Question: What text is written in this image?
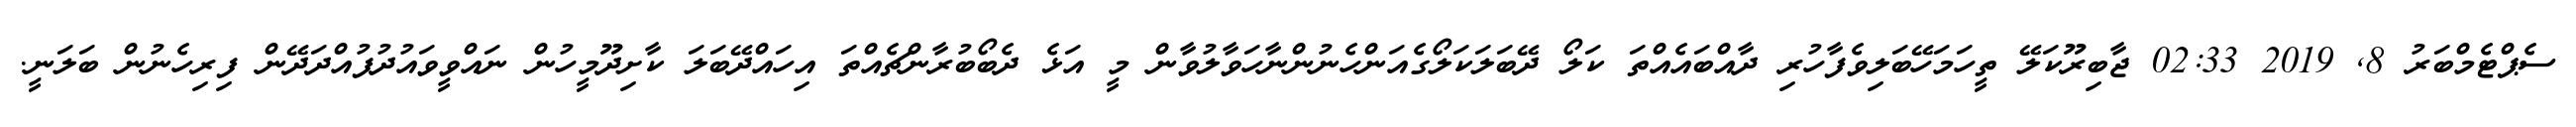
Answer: ސެޕްޓެމްބަރު 8, 2019 02:33 ޖާބިރޫކަލޭ ތީހަމަހޭބަލިވެފާހުރި ދާއްބައެއްތަ ކަލޯ ދޭބަލަކަލޯގެއަންހެނުންނާހަވާލުވާން މީ އަޅެ ދެބޯބުރާންޗެއްތަ އިހައްދޭބަލަ ކާށިދޫމީހުން ނައްވީވައުދުފުއްދަދޭން ފިރިހެނުން ބަލަނީ.